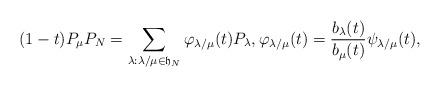
LaTeX: \begin{align*}(1-t)P_{\mu} P_{N}=\sum_{\lambda: \lambda/\mu \in \mathfrak{h}_N}\varphi_{\lambda/\mu}(t)P_{\lambda},\varphi_{\lambda/\mu}(t)=\frac{b_{\lambda}(t)}{b_{\mu}(t)}\psi_{\lambda/\mu}(t),\end{align*}